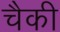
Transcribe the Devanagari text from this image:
चैकी